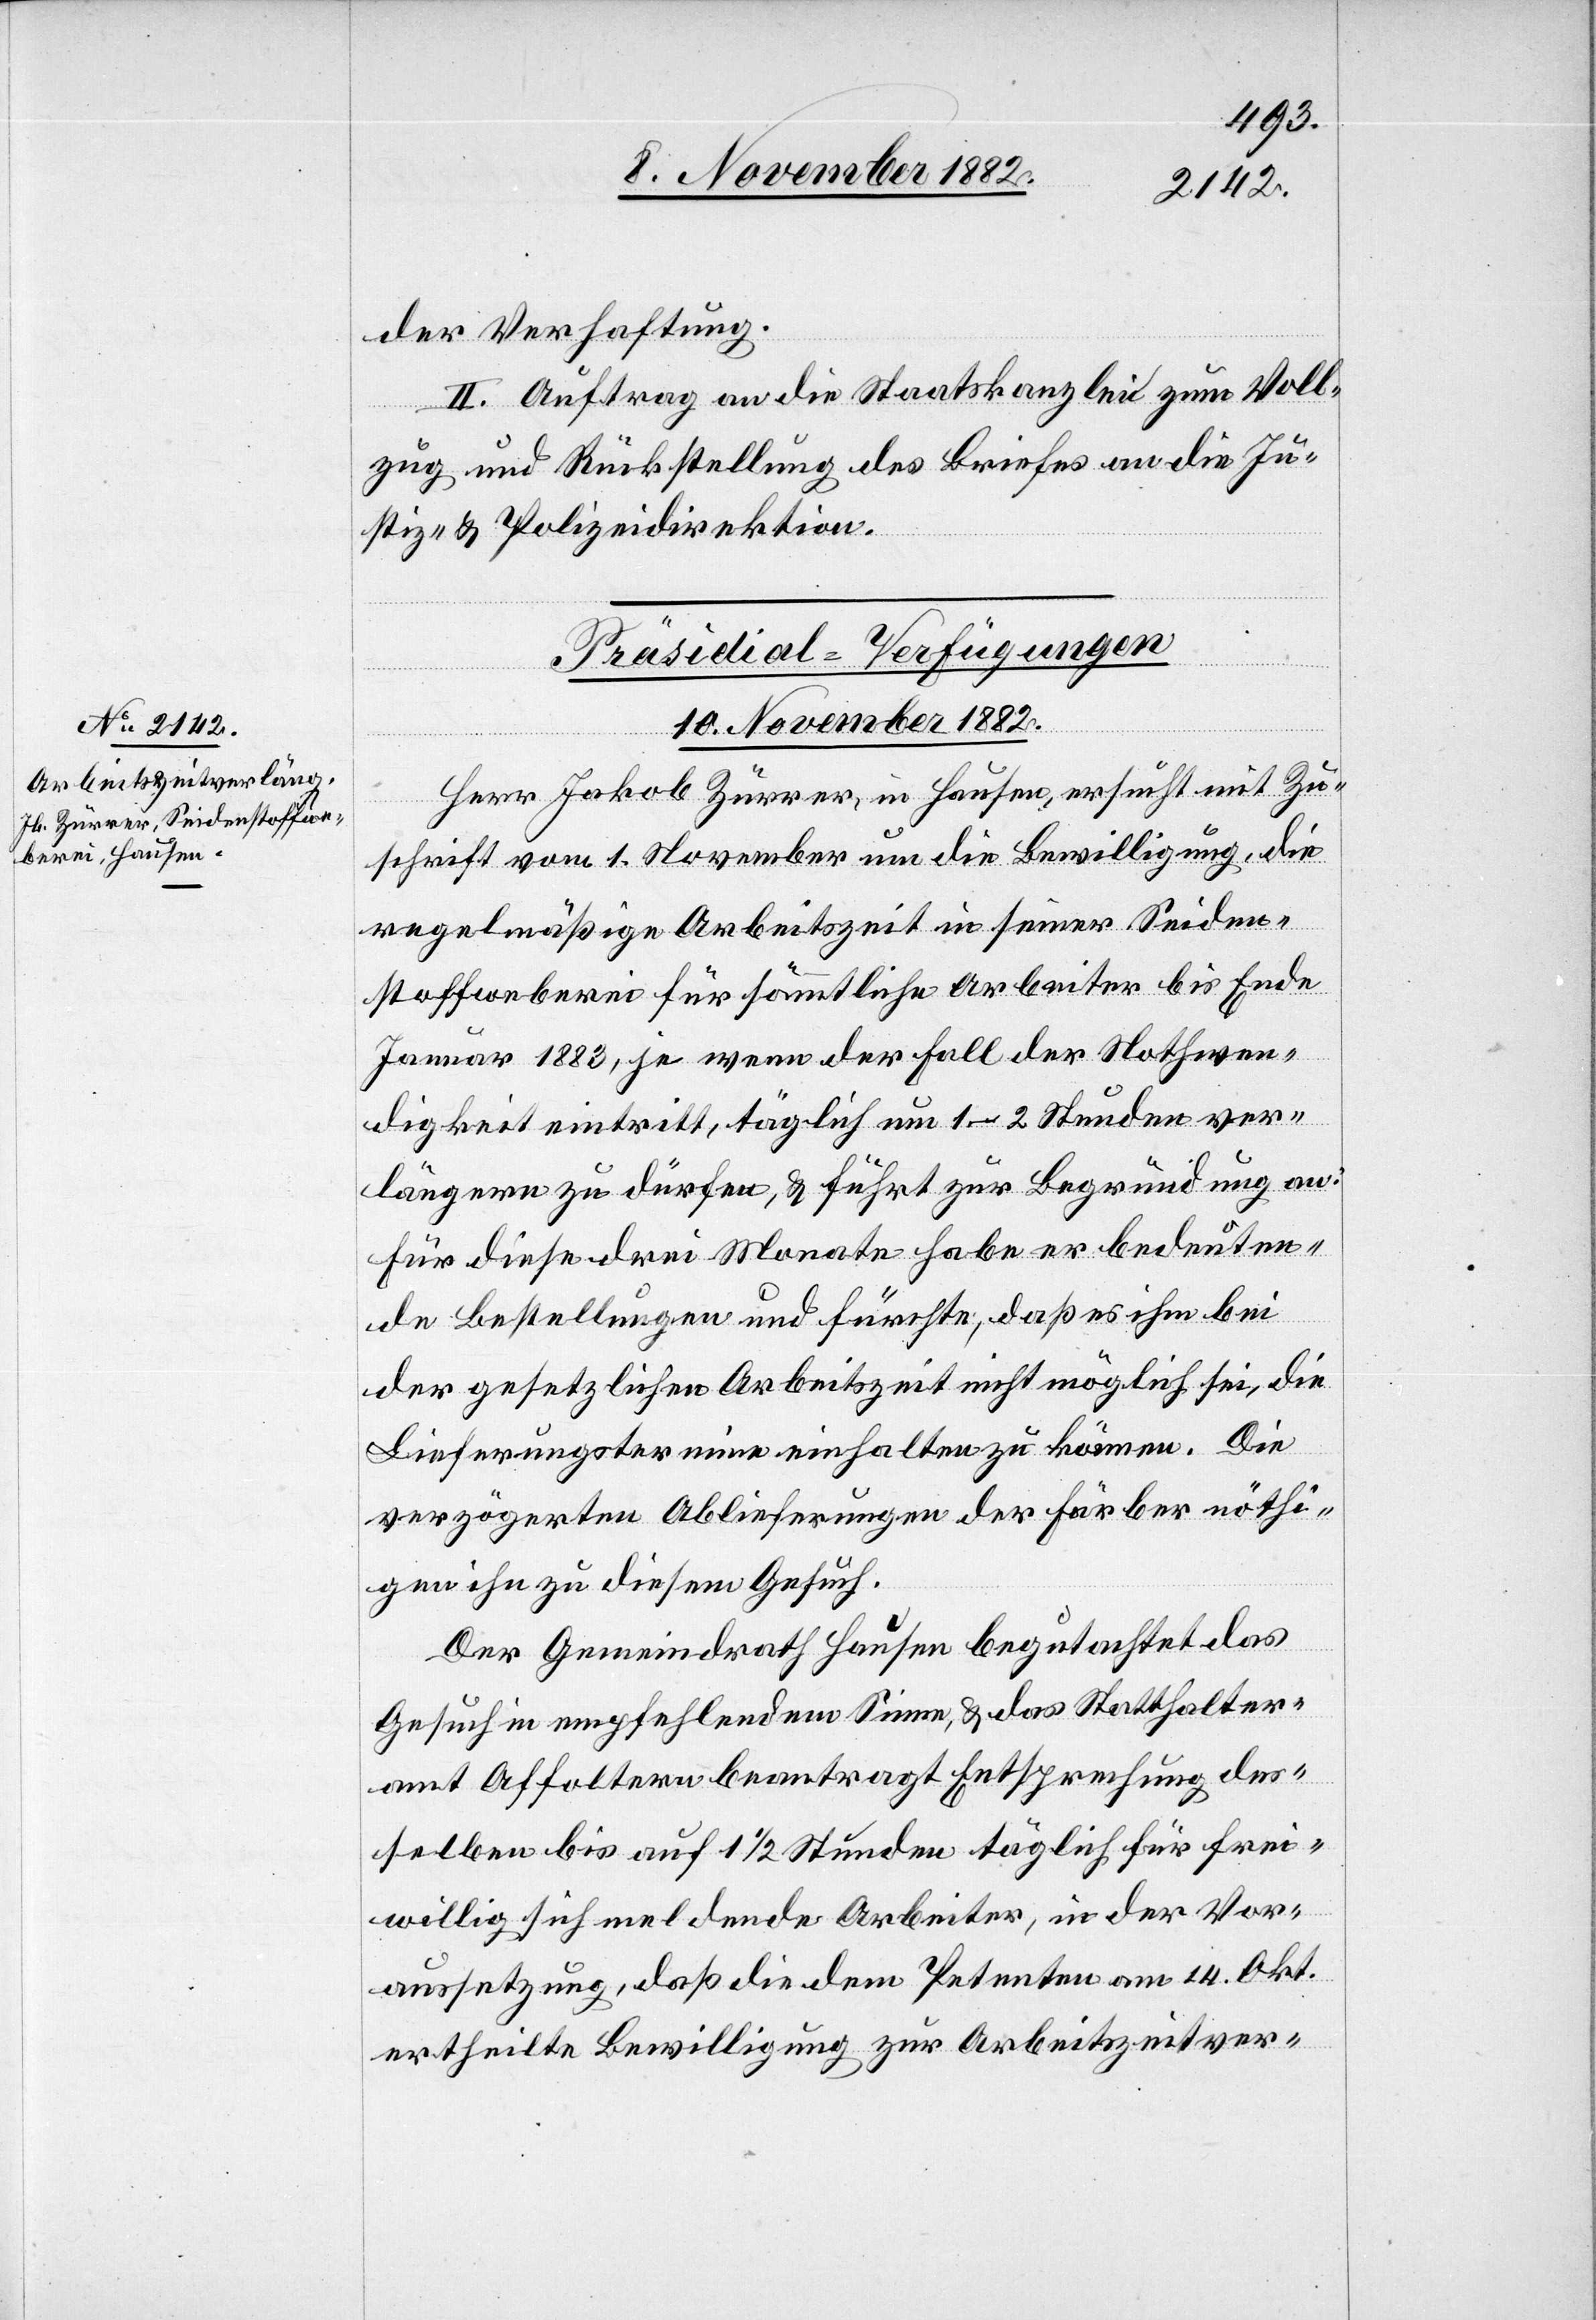
der Verhaftung.
II. Auftrag an die Staatskanzlei zum Voll¬
zug und Rückstellung des Briefes an die Ju¬
stiz- & Polizeidirektion.
Präsidial-Verfügungen
10. November 1882.
Herr Jakob Zürrer, in Hausen, ersucht mit Zu¬
schrift vom 1. November um die Bewilligung, die
regelmäßige Arbeitszeit in seiner Seiden¬
stoffweberei für sämmtliche Arbeiter bis Ende
Januar 1883, je wenn der Fall der Nothwen¬
digkeit eintritt, täglich um 1–2 Stunden ver¬
längern zu dürfen, & führt zur Begründung an:
Für diese drei Monate habe er bedeuten¬
de Bestellungen und fürchte, daß es ihm bei
der gesetzlichen Arbeitszeit nicht möglich sei, die
Lieferungstermine einhalten zu können. Die
verzögerten Ablieferungen der Färber nöthi¬
gen ihn zu diesem Gesuch.
Der Gemeindrath Hausen begutachtet das
Gesuch in empfehlendem Sinne, & das Statthalter¬
amt Affoltern beantragt Entsprechung des¬
selben bis auf 1 1/2 Stunden täglich für frei¬
willig sich meldende Arbeiter, in der Vor¬
aussetzung, daß die dem Petenten am 14. Okt.
ertheilte Bewilligung zur Arbeitszeitver-